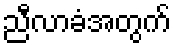
ညီလာခံအတွက်